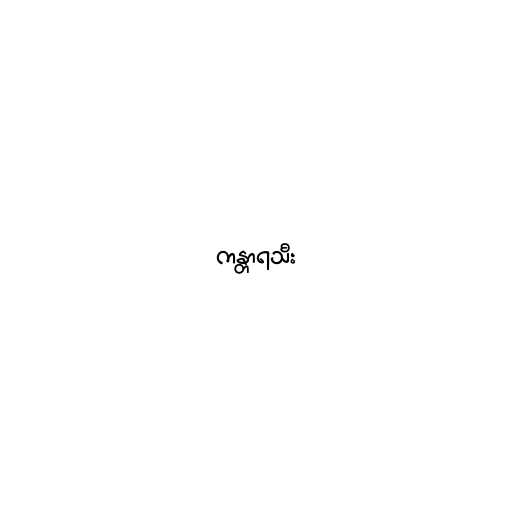
ကန္တာရသီး